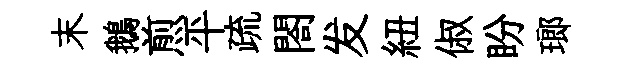
末鵝煎平疏閤发紐俶盼瑯